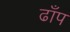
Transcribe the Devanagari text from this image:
ढाँप